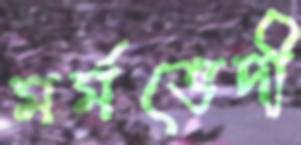
মর্মভেদী